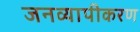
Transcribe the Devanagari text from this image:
जनव्यापीकरण